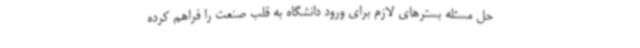
حل مسئله بسترهای لازم برای ورود دانشگاه به قلب صنعت را فراهم کرده